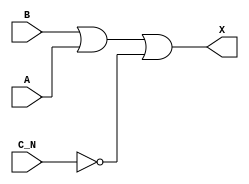
module sky130_fd_sc_hd__or3b (
    X  ,
    A  ,
    B  ,
    C_N
);

    // Module ports
    output X  ;
    input  A  ;
    input  B  ;
    input  C_N;

    // Local signals
    wire not0_out ;
    wire or0_out_X;

    //  Name  Output     Other arguments
    not not0 (not0_out , C_N            );
    or  or0  (or0_out_X, B, A, not0_out );
    buf buf0 (X        , or0_out_X      );

endmodule